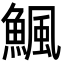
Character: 𩹥